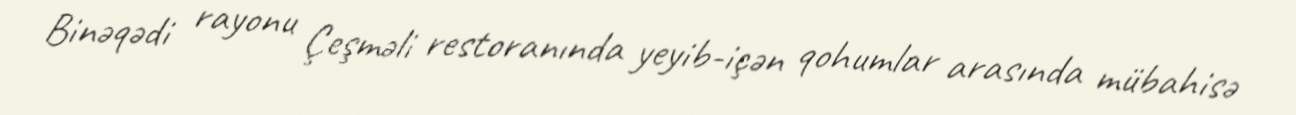
Binəqədi rayonu Çeşməli restoranında yeyib-içən qohumlar arasında mübahisə